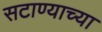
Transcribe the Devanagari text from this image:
सटाण्याच्या